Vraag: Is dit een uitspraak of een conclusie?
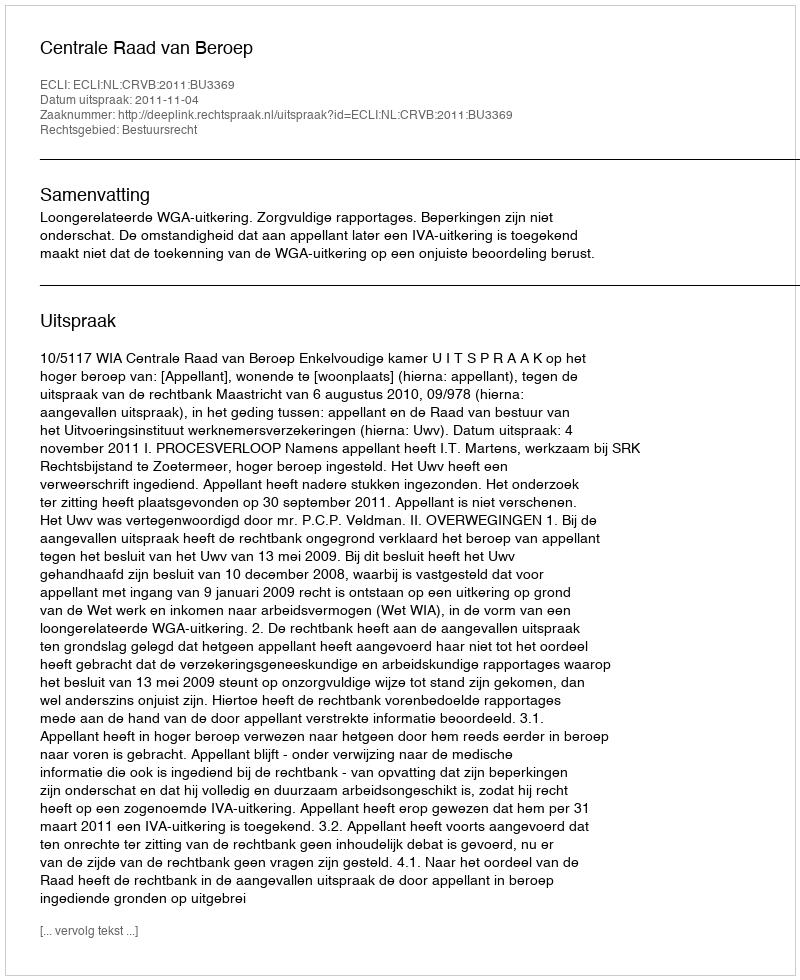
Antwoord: Uitspraak